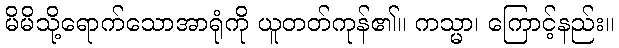
မိမိသို့ရောက်သောအာရုံကို ယူတတ်ကုန်၏။ ကသ္မာ၊ ကြောင့်နည်း။